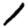
Digit: 1